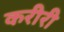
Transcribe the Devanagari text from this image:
करीरी